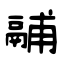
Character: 鬴